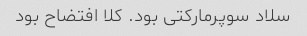
سلاد سوپرمارکتی بود. کلا افتضاح بود